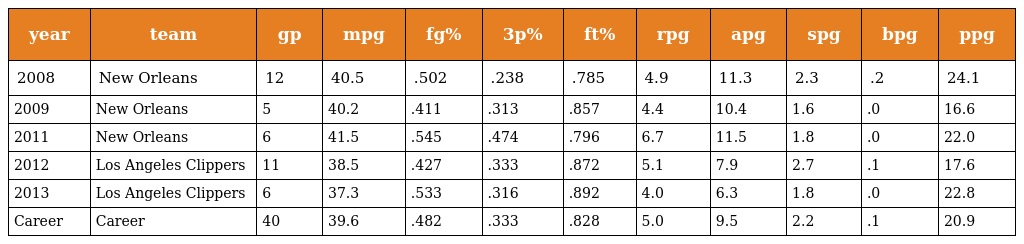
| year | team | gp | mpg | fg% | 3p% | ft% | rpg | apg | spg | bpg | ppg |
 | --- | --- | --- | --- | --- | --- | --- | --- | --- | --- | --- | --- |
 | 2008 | New Orleans | 12 | 40.5 | .502 | .238 | .785 | 4.9 | 11.3 | 2.3 | .2 | 24.1 |
 | 2009 | New Orleans | 5 | 40.2 | .411 | .313 | .857 | 4.4 | 10.4 | 1.6 | .0 | 16.6 |
 | 2011 | New Orleans | 6 | 41.5 | .545 | .474 | .796 | 6.7 | 11.5 | 1.8 | .0 | 22.0 |
 | 2012 | Los Angeles Clippers | 11 | 38.5 | .427 | .333 | .872 | 5.1 | 7.9 | 2.7 | .1 | 17.6 |
 | 2013 | Los Angeles Clippers | 6 | 37.3 | .533 | .316 | .892 | 4.0 | 6.3 | 1.8 | .0 | 22.8 |
 | Career | Career | 40 | 39.6 | .482 | .333 | .828 | 5.0 | 9.5 | 2.2 | .1 | 20.9 |